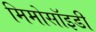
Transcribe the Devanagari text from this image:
मिमोसॉइडी